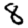
Digit: 8